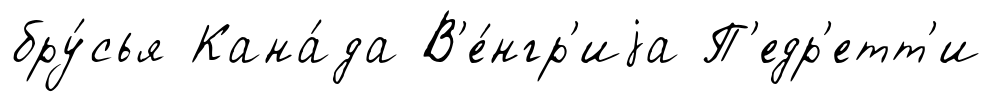
бру́сья Кана́да В'е́нгр'иjа П'едр'етт'и